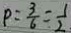
P = \frac { 3 } { 6 } = \frac { 1 } { 2 }